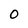
Character: O